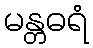
မန္တဓရံ